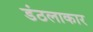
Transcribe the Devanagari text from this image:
डंठलाकार